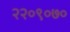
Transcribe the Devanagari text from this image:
२२०९०७०